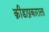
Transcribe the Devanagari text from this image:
क्रीडाप्रकाराला